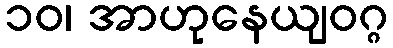
၁၀၊ အာဟုနေယျဝဂ္ဂ